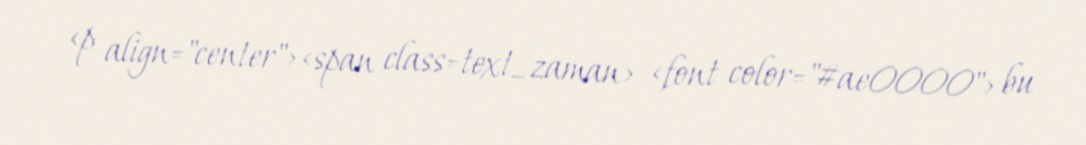
<p align="center"><span class=text_zaman> <font color="#ae0000"> bu